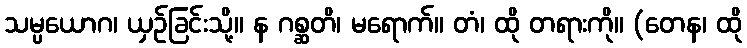
သမ္ပယောဂ၊ ယှဉ်ခြင်းသို့။ န ဂစ္ဆတိ၊ မရောက်။ တံ၊ ထို တရားကို။ (တေန၊ ထို